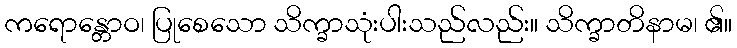
ကရောန္တောဝ၊ ပြုစေသော သိက္ခာသုံးပါးသည်လည်း။ သိက္ခာတိနာမ၊ ၏။